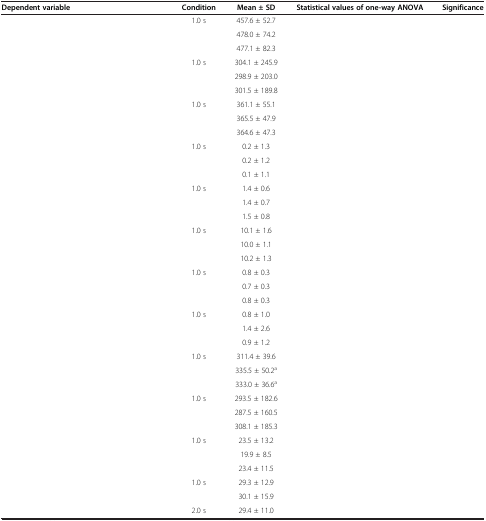
<table><thead><tr><td><b>Dependent variable</b></td><td><b>Condition</b></td><td><b>Mean ± SD</b></td><td><b>Statistical values of one-way ANOVA</b></td><td><b>Significance</b></td></tr></thead><tbody><tr><td rowspan="3">[EMPTY_CELL]</td><td>1.0 s</td><td>457.6 ± 52.7</td><td rowspan="3">[EMPTY_CELL]</td><td rowspan="3">[EMPTY_CELL]</td></tr><tr><td>[EMPTY_CELL]</td><td>478.0 ± 74.2</td></tr><tr><td>[EMPTY_CELL]</td><td>477.1 ± 82.3</td></tr><tr><td rowspan="3">[EMPTY_CELL]</td><td>1.0 s</td><td>304.1 ± 245.9</td><td rowspan="3">[EMPTY_CELL]</td><td rowspan="3">[EMPTY_CELL]</td></tr><tr><td>[EMPTY_CELL]</td><td>298.9 ± 203.0</td></tr><tr><td>[EMPTY_CELL]</td><td>301.5 ± 189.8</td></tr><tr><td rowspan="3">[EMPTY_CELL]</td><td>1.0 s</td><td>361.1 ± 55.1</td><td rowspan="3">[EMPTY_CELL]</td><td rowspan="3">[EMPTY_CELL]</td></tr><tr><td>[EMPTY_CELL]</td><td>365.5 ± 47.9</td></tr><tr><td>[EMPTY_CELL]</td><td>364.6 ± 47.3</td></tr><tr><td rowspan="3">[EMPTY_CELL]</td><td>1.0 s</td><td>0.2 ± 1.3</td><td rowspan="3">[EMPTY_CELL]</td><td rowspan="3">[EMPTY_CELL]</td></tr><tr><td>[EMPTY_CELL]</td><td>0.2 ± 1.2</td></tr><tr><td>[EMPTY_CELL]</td><td>0.1 ± 1.1</td></tr><tr><td rowspan="3">[EMPTY_CELL]</td><td>1.0 s</td><td>1.4 ± 0.6</td><td rowspan="3">[EMPTY_CELL]</td><td rowspan="3">[EMPTY_CELL]</td></tr><tr><td>[EMPTY_CELL]</td><td>1.4 ± 0.7</td></tr><tr><td>[EMPTY_CELL]</td><td>1.5 ± 0.8</td></tr><tr><td rowspan="3">[EMPTY_CELL]</td><td>1.0 s</td><td>10.1 ± 1.6</td><td rowspan="3">[EMPTY_CELL]</td><td rowspan="3">[EMPTY_CELL]</td></tr><tr><td>[EMPTY_CELL]</td><td>10.0 ± 1.1</td></tr><tr><td>[EMPTY_CELL]</td><td>10.2 ± 1.3</td></tr><tr><td rowspan="3">[EMPTY_CELL]</td><td>1.0 s</td><td>0.8 ± 0.3</td><td rowspan="3">[EMPTY_CELL]</td><td rowspan="3">[EMPTY_CELL]</td></tr><tr><td>[EMPTY_CELL]</td><td>0.7 ± 0.3</td></tr><tr><td>[EMPTY_CELL]</td><td>0.8 ± 0.3</td></tr><tr><td rowspan="3">[EMPTY_CELL]</td><td>1.0 s</td><td>0.8 ± 1.0</td><td rowspan="3">[EMPTY_CELL]</td><td rowspan="3">[EMPTY_CELL]</td></tr><tr><td>[EMPTY_CELL]</td><td>1.4 ± 2.6</td></tr><tr><td>[EMPTY_CELL]</td><td>0.9 ± 1.2</td></tr><tr><td rowspan="3">[EMPTY_CELL]</td><td>1.0 s</td><td>311.4 ± 39.6</td><td rowspan="3">[EMPTY_CELL]</td><td rowspan="3">[EMPTY_CELL]</td></tr><tr><td>[EMPTY_CELL]</td><td>335.5 ± 50.2<sup>a</sup></td></tr><tr><td>[EMPTY_CELL]</td><td>333.0 ± 36.6<sup>a</sup></td></tr><tr><td rowspan="3">[EMPTY_CELL]</td><td>1.0 s</td><td>293.5 ± 182.6</td><td rowspan="3">[EMPTY_CELL]</td><td rowspan="3">[EMPTY_CELL]</td></tr><tr><td>[EMPTY_CELL]</td><td>287.5 ± 160.5</td></tr><tr><td>[EMPTY_CELL]</td><td>308.1 ± 185.3</td></tr><tr><td rowspan="3">[EMPTY_CELL]</td><td>1.0 s</td><td>23.5 ± 13.2</td><td rowspan="3">[EMPTY_CELL]</td><td rowspan="3">[EMPTY_CELL]</td></tr><tr><td>[EMPTY_CELL]</td><td>19.9 ± 8.5</td></tr><tr><td>[EMPTY_CELL]</td><td>23.4 ± 11.5</td></tr><tr><td rowspan="2">[EMPTY_CELL]</td><td>1.0 s</td><td>29.3 ± 12.9</td><td rowspan="2">[EMPTY_CELL]</td><td rowspan="2">[EMPTY_CELL]</td></tr><tr><td>[EMPTY_CELL]</td><td>30.1 ± 15.9</td></tr><tr><td>[EMPTY_CELL]</td><td>2.0 s</td><td>29.4 ± 11.0</td><td colspan="2">[EMPTY_CELL]</td></tr></tbody></table>